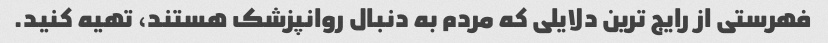
فهرستی از رایج ترین دلایلی که مردم به دنبال روانپزشک هستند، تهیه کنید.